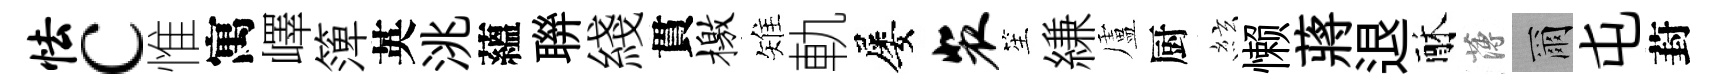
怯c惟寓嶧𥱼英洮蘊聨綫貫檄雉軌屡裴笙縑盧厨絃懒蔣退酥薄爾屯葑